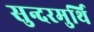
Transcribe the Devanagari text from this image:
सुन्दरमुर्थि